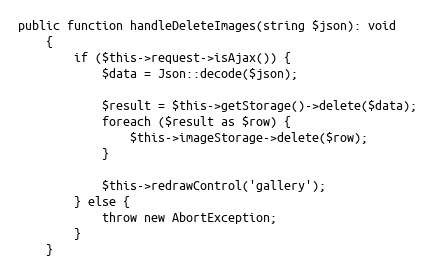
Language: PHP
public function handleDeleteImages(string $json): void
	{
		if ($this->request->isAjax()) {
			$data = Json::decode($json);

			$result = $this->getStorage()->delete($data);
			foreach ($result as $row) {
				$this->imageStorage->delete($row);
			}

			$this->redrawControl('gallery');
		} else {
			throw new AbortException;
		}
	}